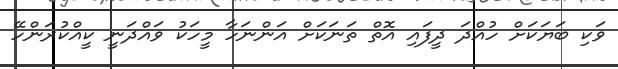
ވަކި ބަޔަކަށް ހުއްދަ ދީފައި އޮތް ތަނަކަށް އަންނަހާ މީހަކު ވައްދަނީ ކީއްކުރަންހޭ